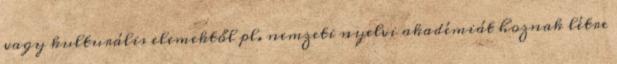
vagy kulturális elemektől pl. nemzeti nyelvi akadémiát hoznak létre